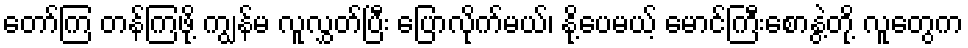
တော်ကြ တန်ကြဖို့ ကျွန်မ လူလွှတ်ပြီး ပြောလိုက်မယ်၊ နို့ပေမယ့် မောင်ကြီးစောနွဲ့တို့ လူတွေက